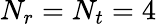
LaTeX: N_{r}=N_{t}=4